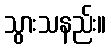
သွားသနည်း။